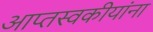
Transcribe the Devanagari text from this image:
आप्तस्वकीयांना